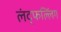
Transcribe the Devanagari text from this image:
लंद्फल्लिंग